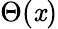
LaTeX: \Theta(\mathit{x})